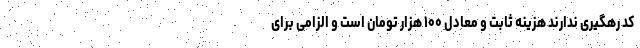
کد رهگیری ندارند هزینه ثابت و معادل ۱۰۰ هزار تومان است و الزامی برای